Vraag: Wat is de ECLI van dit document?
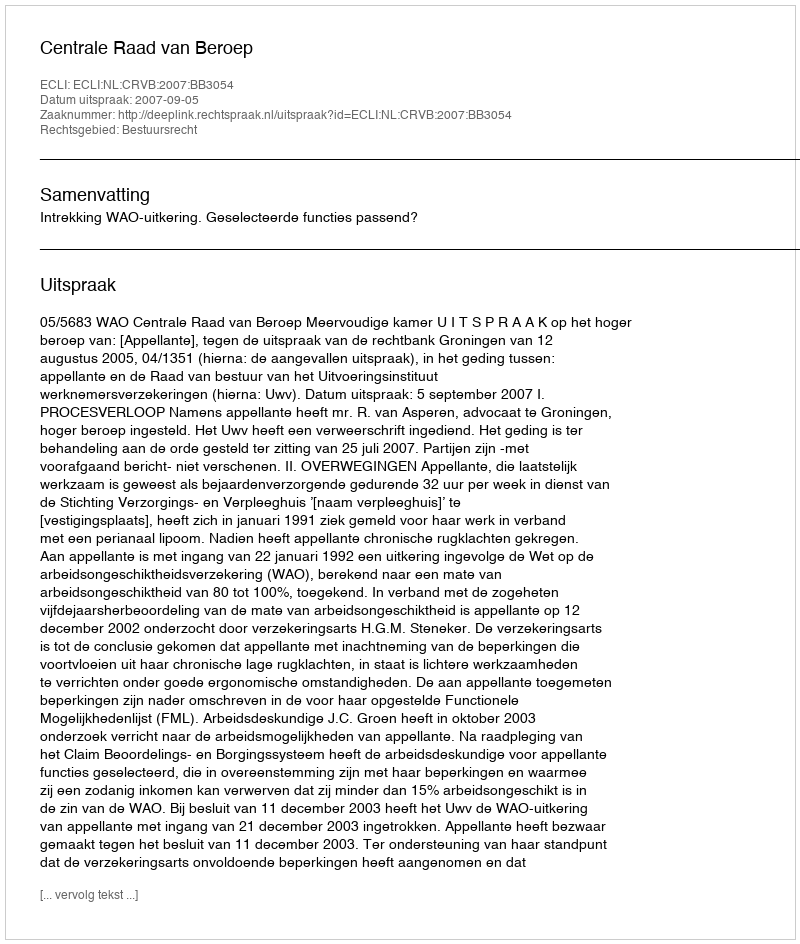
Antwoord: ECLI:NL:CRVB:2007:BB3054